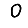
Digit: 0